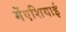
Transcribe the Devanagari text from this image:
मेंएशियाई